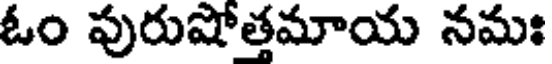
ఓం పురుషోత్తమాయ నమః